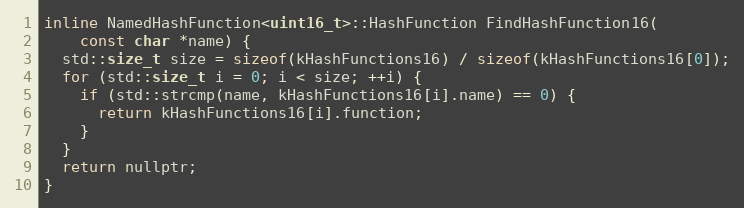
Language: C
inline NamedHashFunction<uint16_t>::HashFunction FindHashFunction16(
    const char *name) {
  std::size_t size = sizeof(kHashFunctions16) / sizeof(kHashFunctions16[0]);
  for (std::size_t i = 0; i < size; ++i) {
    if (std::strcmp(name, kHashFunctions16[i].name) == 0) {
      return kHashFunctions16[i].function;
    }
  }
  return nullptr;
}